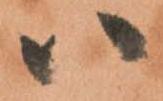
ハ